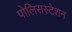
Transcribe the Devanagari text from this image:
पोलिसस्टेशन